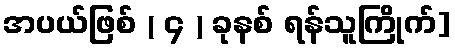
အပယ်ဖြစ် ( ၄ ) ခုနစ် ရန်သူကြိုက်]